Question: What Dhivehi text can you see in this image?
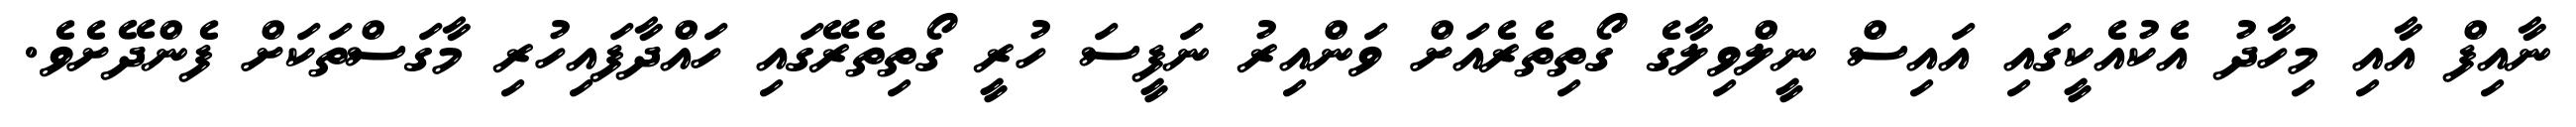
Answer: ނާއިފް އާއި މިހާދު އެކުއެކީގައި އައިސް ނީލްވިލާގެ ގޯތިތެރެއަށް ވަންއިރު ނަފީސަ ހުރީ ގޯތިތެރޭގައި ހައްދާފައިހުރި މާގަސްތަކަށް ފެންދޭށެވެ.